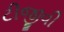
ટીજીવી